Report on the bubonic plague in Bombay, 1896-1897
Year: 1896
Disease focus: Plague
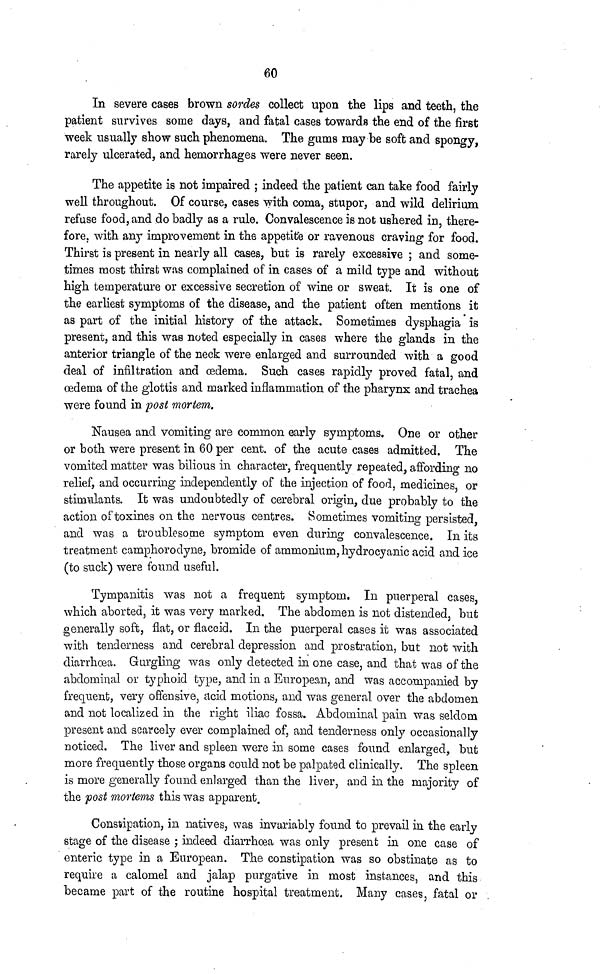
60
In severe cases brown sordes collect upon the lips and teeth, the
patient survives some days, and fatal cases towards the end of the first
week usually show such phenomena. The gums may be soft and spongy,
rarely ulcerated, and hemorrhages were never seen.
The appetite is not impaired ; indeed the patient can take food fairly
well throughout. Of course, cases with coma, stupor, and wild delirium
refuse food, and do badly as a rule. Convalescence is not ushered in, there-
fore, with any improvement in the appetite or ravenous craving for food.
Thirst is present in nearly all cases, but is rarely excessive ; and some-
times most thirst was complained of in cases of a mild type and without
high temperature or excessive secretion of wine or sweat. It is one of
the earliest symptoms of the disease, and the patient often mentions it
as part of the initial history of the attack. Sometimes dysphagia is
present, and this was noted especially in cases where the glands in the
anterior triangle of the neck were enlarged and surrounded with a good
deal of infiltration and œdema. Such cases rapidly proved fatal, and
œdema of the glottis and marked inflammation of the pharynx and trachea
were found in post mortem.
Nausea and vomiting are common early symptoms. One or other
or both were present in 60 per cent, of the acute cases admitted. The
vomited matter was bilious in character, frequently repeated, affording no
relief, and occurring independently of the injection of food, medicines, or
stimulants. It was undoubtedly of cerebral origin, due probably to the
action of toxines on the nervous centres. Sometimes vomiting persisted,
and was a troublesome symptom even during convalescence. In its
treatment camphorodyne, bromide of ammonium, hydrocyanic acid and ice
(to suck) were found useful.
Tympanitis was not a frequent symptom. In puerperal cases,
which aborted, it was very marked. The abdomen is not distended, but
generally soft, flat, or flaccid. In the puerperal cases it was associated
with tenderness and cerebral depression and prostration, but not with
diarrhoea. Gurgling was only detected in one case, and that was of the
abdominal or typhoid type, and in a European, and was accompanied by
frequent, very offensive, acid motions, and was general over the abdomen
and not localized in the right iliac fossa. Abdominal pain was seldom
present and scarcely ever complained of, and tenderness only occasionally
noticed. The liver and spleen were in some cases found enlarged, but
more frequently those organs could not be palpated clinically. The spleen
is more generally found enlarged than the liver, and in the majority of
the post mortems this was apparent.
Constipation, in natives, was invariably found to prevail in the early
stage of the disease ; indeed diarrhoea was only present in one case of
enteric type in a European. The constipation was so obstinate as to
require a calomel and jalap purgative in most instances, and this